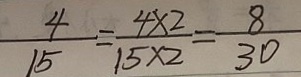
\frac { 4 } { 1 5 } = \frac { 4 \times 2 } { 1 5 \times 2 } = \frac { 8 } { 3 0 }